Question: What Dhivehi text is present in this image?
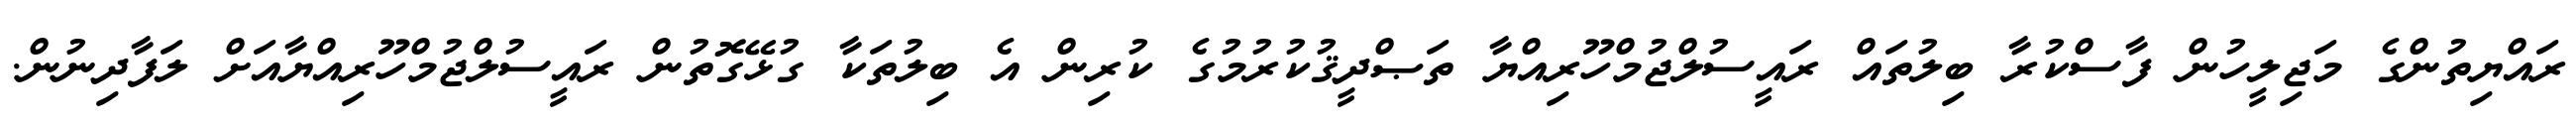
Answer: ރައްޔިތުންގެ މަޖިލީހުން ފާސްކުރާ ބިލުތައް ރައީސުލްޖުމްހޫރިއްޔާ ތަޞްދީޤުކުރުމުގެ ކުރިން އެ ބިލުތަކާ ގުޅޭގޮތުން ރައީސުލްޖުމްހޫރިއްޔާއަށް ލަފާދިނުން.